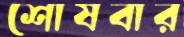
শোষবার